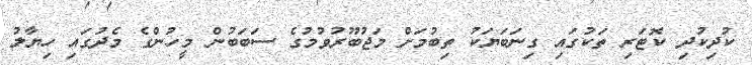
ކުދިކުދި ކޮޓަރި ތަކުގައި ގިނަބަޔަކު ތިބުމަށް މަޖުބޫރުވުމުގެ ސަބަބުން މީހުންގެ މެދުގައި ހިޔާލު